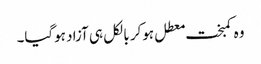
وہ کمبخت معطل ہوکر بالکل ہی آزاد ہوگیا۔